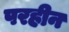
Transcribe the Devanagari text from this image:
परहीन